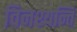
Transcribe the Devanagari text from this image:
विनश्यन्ति